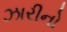
ઝારીનો